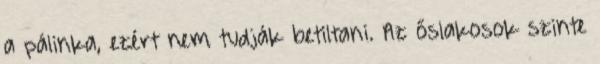
a pálinka, ezért nem tudják betiltani. Az őslakosok szinte